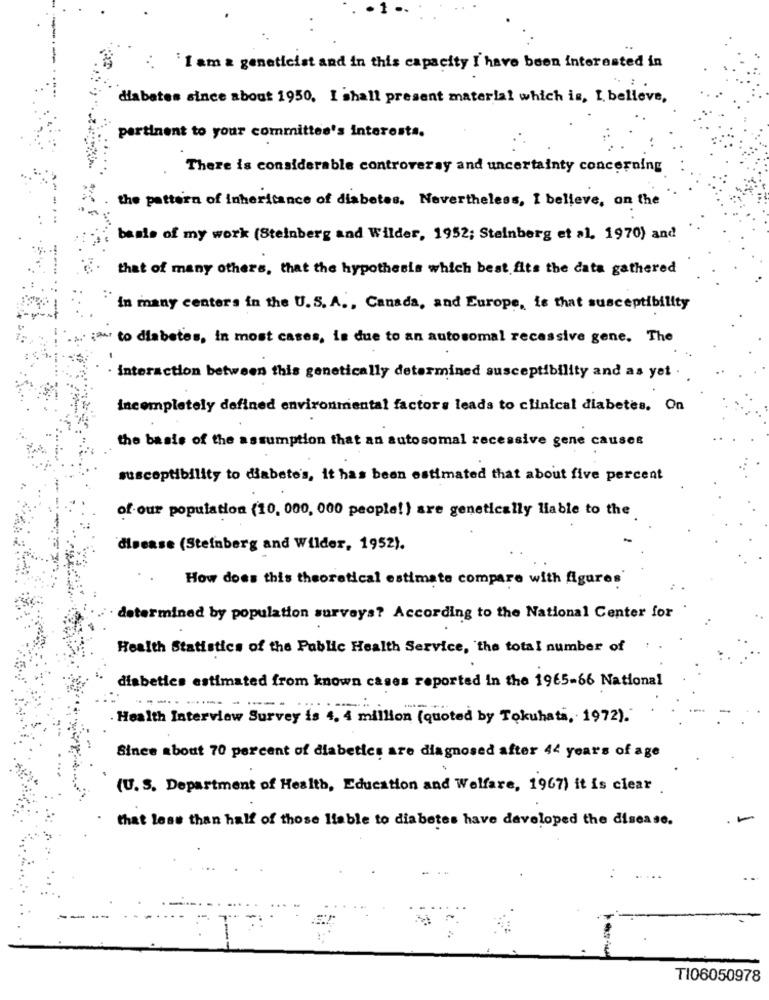
I am a geneticist and in this capacity I have been interested in
diabetes since about 1950. I shall present material which is, I believe,
pertinent to your committee's interests.
There is considerable controversy and uncertainty concerning
the pattern of inheritance of diabetes. Nevertheless, I believe, on the
basis of my work (Steinberg and Wilder, 1952; Steinberg et al, 1970) and
that of many others, that the hypothesis which best fits the data gathered
in many centers in the U. S. A ., Canada, and Europe, is that susceptibility
to diabetes, in most cases, is due to an autosomal recessive gene. The
· interaction between this genetically determined susceptibility and as yet .
Incompletely defined environmental factors leads to clinical diabetes. On
the basis of the assumption that an autosomal recessive gene causes
susceptibility to diabete's, it has been estimated that about five percent
of our population (10, 000, 000 people! ) are genetically liable to the
disease (Steinberg and Wilder, 1952).
How does this theoretical estimate compare with figures'
determined by population surveys? According to the National Center for
Health Statistics of the Public Health Service, the total number of
diabetics estimated from known cases reported in the 1965-66 National
---..
Health Interview Survey is 4. 4 million (quoted by Tokuhata, 1972).
Since about 70 percent of diabetics are diagnosed after 44 years of age
(U. S. Department of Health, Education and Welfare, 1967) it is clear .
that less than half of those liable to diabetes have developed the disease.
TI06050978